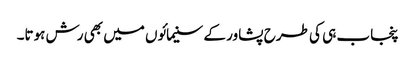
پنجاب ہی کی طرح پشاور کے سنیمائوں میں بھی رش ہوتا۔